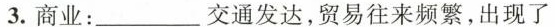
3.商业：\underline交通发达，贸易往来频繁，出现了